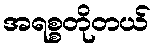
အရစ္စတိုတယ်